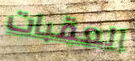
العقبات